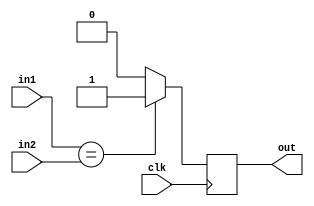

//Comparator:
module comparator #(parameter wlength=4)(
  input wire clk,
  input wire [wlength-1:0] in1, in2,
  output reg out
);

wire check;
assign check = (in1 == in2) ? 1'b 1 : 1'b 0;
always@(posedge clk) begin
  out <= check;
end

endmodule